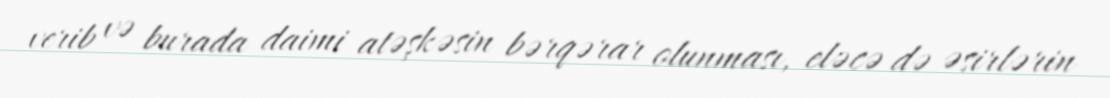
verib və burada daimi atəşkəsin bərqərar olunması, eləcə də əsirlərin